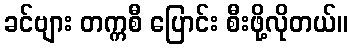
ခင်ဗျား တက္ကစီ ပြောင်း စီးဖို့လိုတယ်။